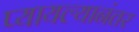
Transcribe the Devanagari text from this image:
प्यायल्यानंतर